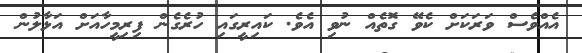
އެއްވެސް ވަރަކަށް ކެވޭ ގޮތެއް ނުވި އެވެ. ކައިރީގައި ހުރެގެން ފިރިމީހާއަށް އަޅާލުން